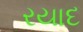
રયાદ